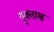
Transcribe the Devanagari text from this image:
युक्ताश्च